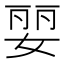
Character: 婯